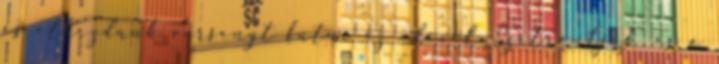
és elkezdünk versenyt futni az idővel. Szétrántjuk, és a